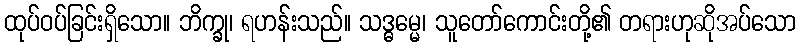
ထုပ်ဝပ်ခြင်းရှိသော။ ဘိက္ခု၊ ရဟန်းသည်။ သဒ္ဓမ္မေ၊ သူတော်ကောင်းတို့၏ တရားဟုဆိုအပ်သော